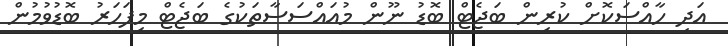
އަދި ހާއްސަކޮށް ކުރިން ބަޖެޓް ބޮޑު ނޫން މުއައްސަސާތަކުގެ ބަޖެޓް މިފަހަރު ބޮޑުވުމުން